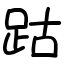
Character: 跍